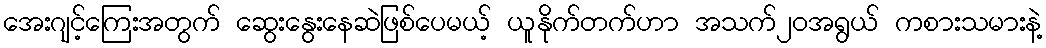
အေးဂျင့်ကြေးအတွက် ဆွေးနွေးနေဆဲဖြစ်ပေမယ့် ယူနိုက်တက်ဟာ အသက်၂၀အရွယ် ကစားသမားနဲ့